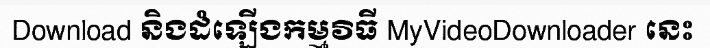
Download និងដំឡើងកម្មវិធី MyVideoDownloader នេះ